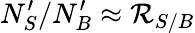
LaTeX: N_{S}^{\prime}/N_{B}^{\prime}\approx\mathcal{R}_{S/B}